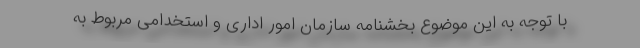
با توجه به این موضوع بخشنامه سازمان امور اداری و استخدامی مربوط به